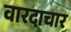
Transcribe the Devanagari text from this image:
वारदाचार